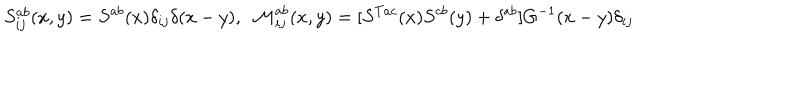
S _ { i j } ^ { a b } ( x , y ) = S ^ { a b } ( x ) \delta _ { i j } \delta ( x - y ) , \ \ { \cal M } _ { i j } ^ { a b } ( x , y ) = [ S ^ { T a c } ( x ) S ^ { c b } ( y ) + \delta ^ { a b } ] G ^ { - 1 } ( x - y ) \delta _ { i j }